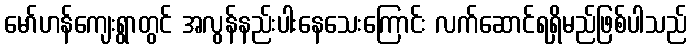
မော်ဟန်ကျေးရွာတွင် အလွန်နည်းပါးနေသေးကြောင်း လက်ဆောင်ရရှိမည်ဖြစ်ပါသည်